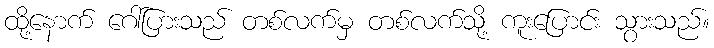
ထို့နောက် ဂေါ်ပြားသည် တစ်လက်မှ တစ်လက်သို့ ကူးပြောင်း သွားသည်။